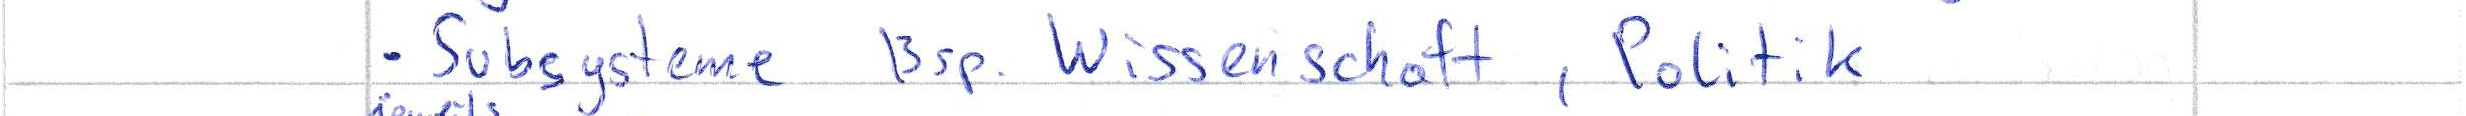
- Subsysteme Bsp. Wissenschaft, Politik